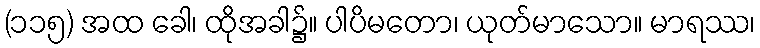
(၁၁၅) အထ ခေါ၊ ထိုအခါ၌။ ပါပိမတော၊ ယုတ်မာသော။ မာရဿ၊